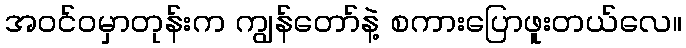
အဝင်ဝမှာတုန်းက ကျွန်တော်နဲ့ စကားပြောဖူးတယ်လေ။